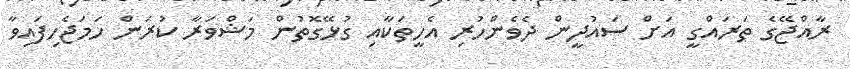
ރާއްޖޭގެ ތަރައްގީ އަށް ސައުދީން ދެވެންހުރި އެހީތަކާއި ގުޅޭގޮތުން މަޝްވަރާ ކުރަން ހަމަޖެހިފައިވާ